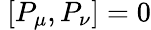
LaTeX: ~[P_{\mu},P_{\nu}]=0